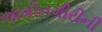
જામીનગીરીની